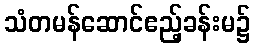
သံတမန်ဆောင်ဧည့်ခန်းမ၌